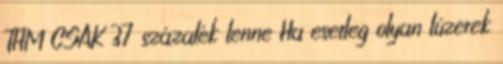
THM CSAK 37 százalék lenne Ha esetleg olyan lúzerek